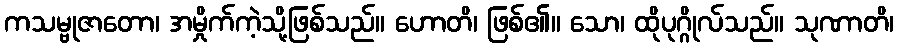
ကသမ္ဗုဇာတော၊ အမှိုက်ကဲ့သို့ဖြစ်သည်။ ဟောတိ၊ ဖြစ်၏။ သော၊ ထိုပုဂ္ဂိုလ်သည်။ သုဏာတိ၊